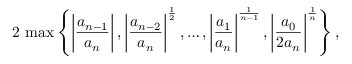
2 \, \operatorname* { m a x } \left\{ \left| { \frac { a _ { n - 1 } } { a _ { n } } } \right| , \left| { \frac { a _ { n - 2 } } { a _ { n } } } \right| ^ { \frac { 1 } { 2 } } , \ldots , \left| { \frac { a _ { 1 } } { a _ { n } } } \right| ^ { \frac { 1 } { n - 1 } } , \left| { \frac { a _ { 0 } } { 2 a _ { n } } } \right| ^ { \frac { 1 } { n } } \right\} ,